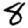
Digit: 8